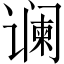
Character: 谰